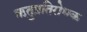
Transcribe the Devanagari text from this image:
ऋतुप्रतिरोधक